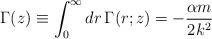
LaTeX: \begin{align*}\Gamma(z)\equiv \int_0^\infty dr\, \Gamma(r;z)=-\frac{\alpha m}{2k^2}\end{align*}